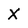
Character: X